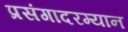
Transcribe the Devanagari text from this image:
प्रसंगादरम्यान